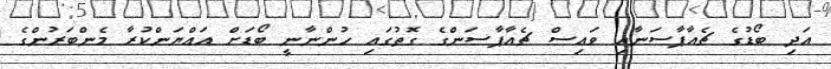
އަދި ބޯޑުގެ ޗެއާޕާސަނާއި ވައިސް ޗެއާޕާސަންގެ ގޮތުގައި ހުންނާނީ ބޯޑަށް އައްޔަންކުރާ މެންބަރުންގެ